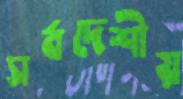
সর্বদেশীয়